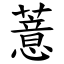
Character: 薏